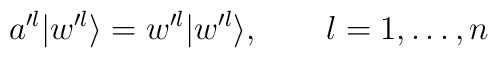
a'^l|w'^l\rangle=w'^l|w'^l\rangle,\qquad l=1,\ldots, n